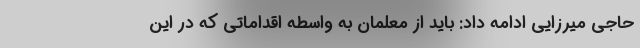
حاجی میرزایی ادامه داد: باید از معلمان به واسطه اقداماتی که در این